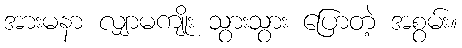
အားမနာ လျှာမကျိုး သွားသွား ပြောတဲ့ အစွမ်း။